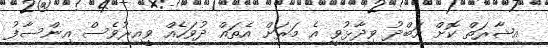
އިޝާރަތް ކޮށް އަބްދު ވިދާޅުވީ އެ މަރަށް އެތައް ދުވަހެއް ވީއިރުވެސް އިންސާފު